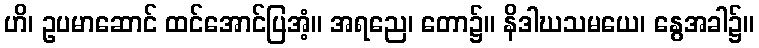
ဟိ၊ ဥပမာဆောင် ထင်အောင်ပြအံ့။ အရညေ၊ တော၌။ နိဒါဃသမယေ၊ နွေအခါ၌။